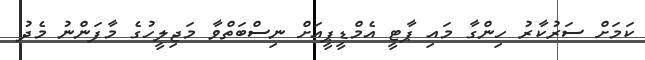
ކަމަށް ސަރުކާރު ހިންގާ މައި ޕާޓީ އެމްޑީޕީއަށް ނިސްބަތްވާ މަޖިލީހުގެ މާފަންނު މެދު